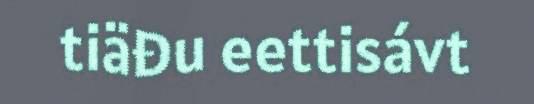
tiäđu eettisávt